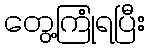
တွေ့ကြုံရပြီး